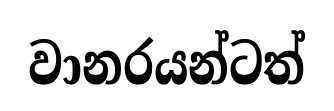
වානරයන්ටත්